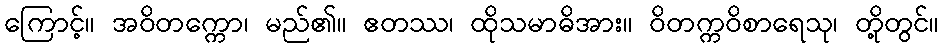
ကြောင့်။ အဝိတက္ကော၊ မည်၏။ ဧတဿ၊ ထိုသမာဓိအား။ ဝိတက္ကဝိစာရေသု၊ တို့တွင်။